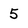
Character: 5